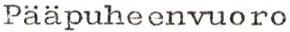
Paapuheenvuoro